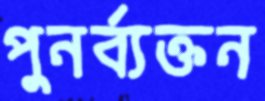
পুনর্ব্যক্তন